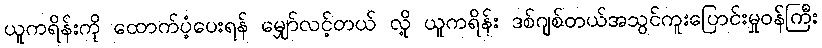
ယူကရိန်းကို ထောက်ပံ့ပေးရန် မျှော်လင့်တယ် လို့ ယူကရိန်း ဒစ်ဂျစ်တယ်အသွင်ကူးပြောင်းမှုဝန်ကြီး